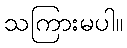
သကြားမပါ။